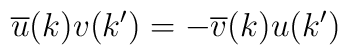
\overline{u}(k)v(k') = - \overline{v}(k)u(k')